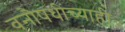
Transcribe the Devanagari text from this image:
वनौषधींच्याही